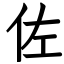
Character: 佐